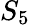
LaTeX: S_{5}